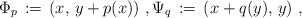
\begin{align*}\Phi_p \,:=\, (x,\,y + p(x))\ ,\Psi_q\,:=\,(x + q(y),\,y)\ ,\end{align*}